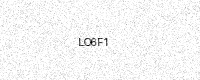
Text: LO6F1